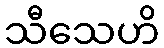
သီသေဟိ